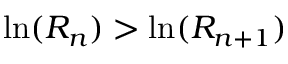
\ln ( R _ { n } ) > \ln ( R _ { n + 1 } )